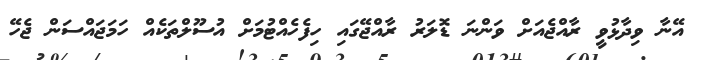
އޭނާ ވިދާޅުވީ ރާއްޖެއަށް ވަންނަ ޑޮލަރު ރާއްޖޭގައި ހިފެހެއްޓުމަށް އުސޫލްތަކެއް ހަމަޖައްސަން ޖެހޭ